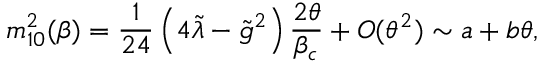
m _ { 1 0 } ^ { 2 } ( \beta ) = \frac { 1 } { 2 4 } \left( 4 \tilde { \lambda } - \tilde { g } ^ { 2 } \right) \frac { 2 \theta } { \beta _ { c } } + O ( \theta ^ { 2 } ) \sim a + b \theta ,